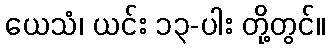
ယေသံ၊ ယင်း ၁၃-ပါး တို့တွင်။